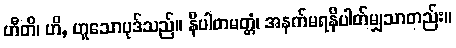
ဟီတိ၊ ဟိ, ဟူသောပုဒ်သည်။ နိပါတမတ္တံ၊ အနက်မရနိပါတ်မျှသာတည်း။